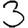
Digit: 3